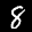
Label: 8